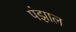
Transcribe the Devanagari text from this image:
पंझाल